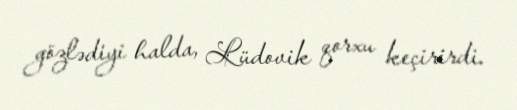
gözlədiyi halda, Lüdovik qorxu keçirirdi.